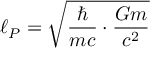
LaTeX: \ell _ { P } = { \sqrt { { \frac { \hbar } { m c } } \cdot { \frac { G m } { c ^ { 2 } } } } }